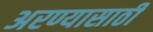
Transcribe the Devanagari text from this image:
अरण्यासाठी